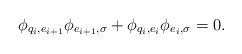
LaTeX: \begin{align*}\phi_{q_i,e_{i+1}}\phi_{e_{i+1},\sigma}+\phi_{q_{i},e_i}\phi_{e_i,\sigma}=0.\end{align*}